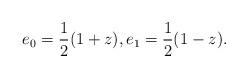
LaTeX: \begin{gather*}e_0=\frac{1}{2}(1+z),e_1=\frac{1}{2}(1-z).\end{gather*}